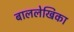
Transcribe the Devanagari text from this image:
बाललेखिका